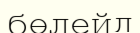
бөлейд